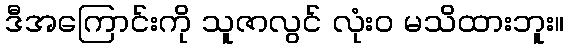
ဒီအကြောင်းကို သူဇာလွင် လုံးဝ မသိထားဘူး။